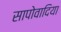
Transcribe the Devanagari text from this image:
सापोवादिया